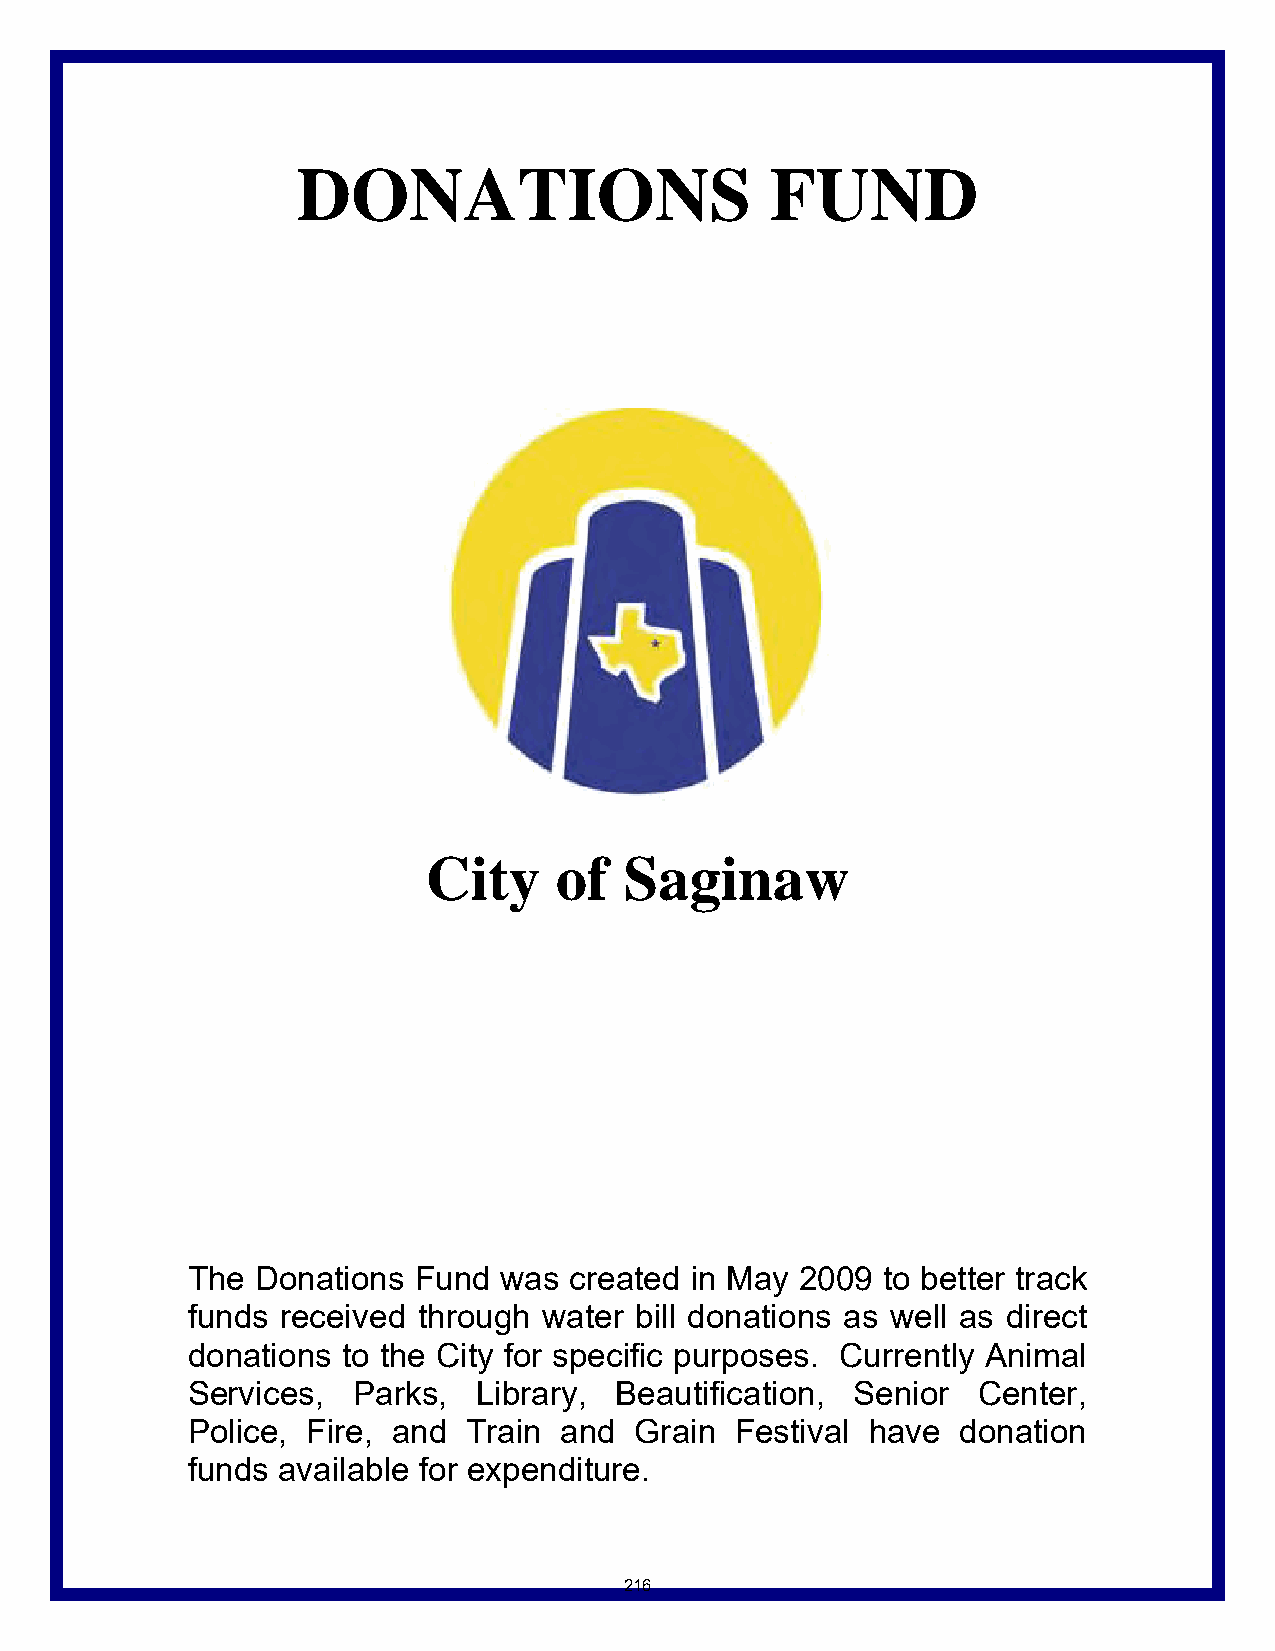
DONATIONS                      FUND
 City     of  Saginaw
 The  Donations Fund  was  created in May 2009 to better track
 funds  received through water bill donations as well as direct
 donations  to the City for specific purposes. Currently Animal
 Services,  Parks,   Library, Beautification, Senior  Center,
 Police, Fire, and  Train and  Grain  Festival have  donation
 funds available for expenditure.
 216